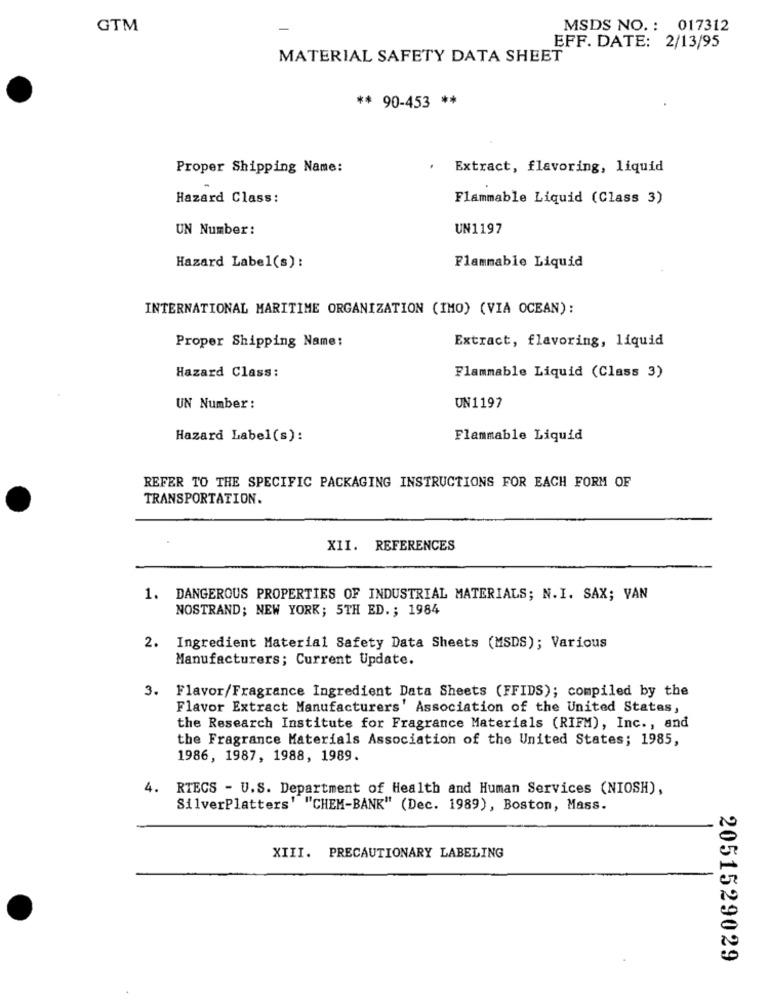
GTM
MSDS NO. : 017312
EFF. DATE: 2/13/95
MATERIAL SAFETY DATA SHEET
** 90-453 **
Proper Shipping Name:
Extract, flavoring, liquid
Hazard Class:
Flammable Liquid (Class 3)
UN Number:
UN1197
Hazard Label(s):
Flammable Liquid
INTERNATIONAL MARITIME ORGANIZATION (IMO) (VIA OCEAN):
Proper Shipping Name:
Extract, flavoring, liquid
Hazard Class:
Flammable Liquid (Class 3)
UN Number:
UN1197
Hazard Label(s):
Flammable Liquid
REFER TO THE SPECIFIC PACKAGING INSTRUCTIONS FOR EACH FORM OF
TRANSPORTATION.
XII. REFERENCES
1. DANGEROUS PROPERTIES OF INDUSTRIAL MATERIALS; N.I. SAX; VAN
NOSTRAND; NEW YORK; 5TH ED .; 1984
2. Ingredient Material Safety Data Sheets (MSDS); Various
Manufacturers; Current Update.
3. Flavor/Fragrance Ingredient Data Sheets (FFIDS); compiled by the
Flavor Extract Manufacturers' Association of the United States,
the Research Institute for Fragrance Materials (RIFM), Inc ., and
the Fragrance Materials Association of the United States; 1985,
1986, 1987, 1988, 1989.
4.
RTECS - U.S. Department of Health and Human Services (NIOSH),
SilverPlatters' "CHEM-BANK" (Dec. 1989), Boston, Mass.
XIII. PRECAUTIONARY LABELING
2051529029